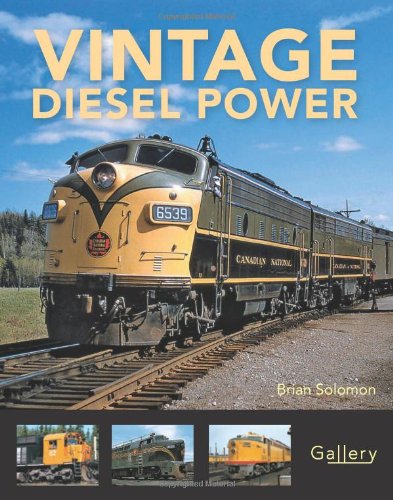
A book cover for Vintage Diesel Power; Brian Solomon; Arts & Photography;